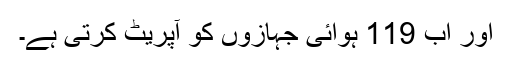
اور اب 119 ہوائی جہازوں کو آپریٹ کرتی ہے۔